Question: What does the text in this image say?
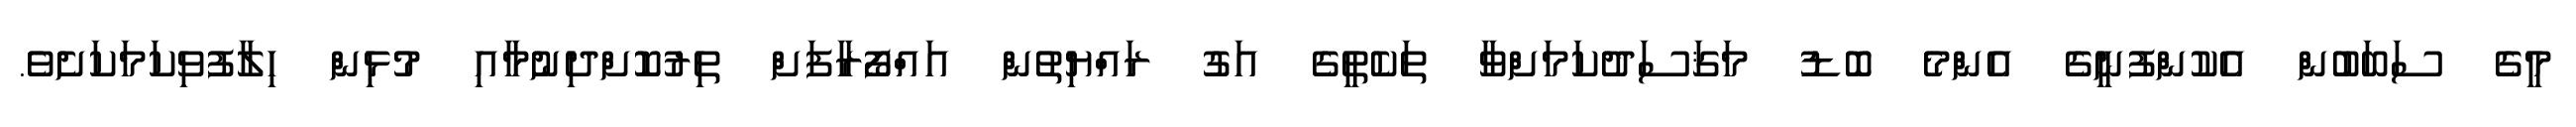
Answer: މީގެ ސަބަބުން އެކުންފުނީގެ އެންމެ ބޮޑު މަޤަސަދުކަމަށްވާ ތަކެތީގެ އަގު ރައްޔިތުން އައްފޯރާފަށް ތިރުކޮށްދިނުމާއި މުޅިން ހިލާފުވިކަމަކަށެވެ.